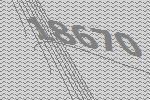
18670